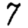
Digit: 7